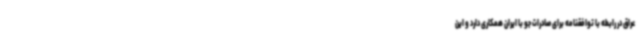
عراق در رابطه با توافقنامه برای صادرات جو با ایران همکاری دارد و این